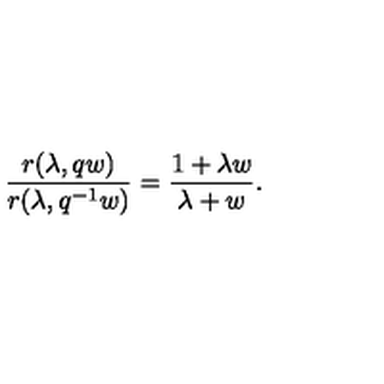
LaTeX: \frac { r ( \lambda , q w ) } { r ( \lambda , q ^ { - 1 } w ) } = \frac { 1 + \lambda w } { \lambda + w } .